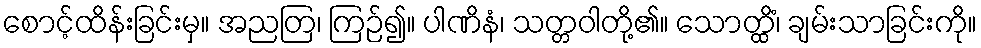
စောင့်ထိန်းခြင်းမှ။ အညတြ၊ ကြဉ်၍။ ပါဏိနံ၊ သတ္တဝါတို့၏။ သောတ္ထိံ၊ ချမ်းသာခြင်းကို။